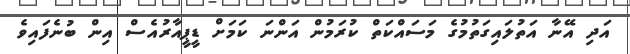
އަދި އޭނާ އަތުލައިގަތުމުގެ މަސައްކަތް ކުރަމުން އަންނަ ކަމަށް ޑީޕީއާރުއެސް އިން ބުނެފައިވެ